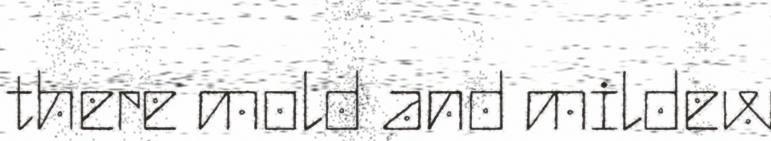
there mold and mildew